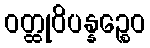
ဝတ္ထုဝိပန္နဉ္စေဝ